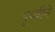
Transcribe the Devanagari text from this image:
पृथ्वीने